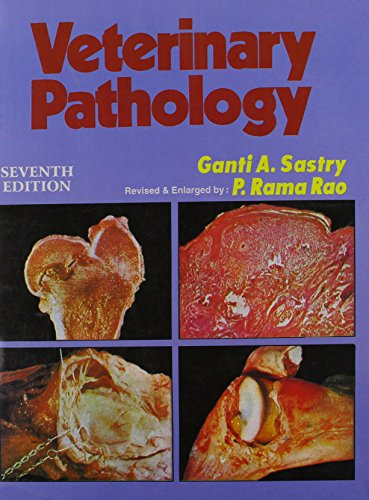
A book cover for Veterinary Pathology; Ganti A. Sastry; Medical Books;